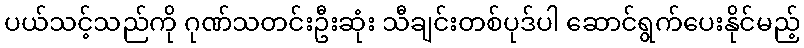
ပယ်သင့်သည်ကို ဂုဏ်သတင်းဦးဆုံး သီချင်းတစ်ပုဒ်ပါ ဆောင်ရွက်ပေးနိုင်မည့်